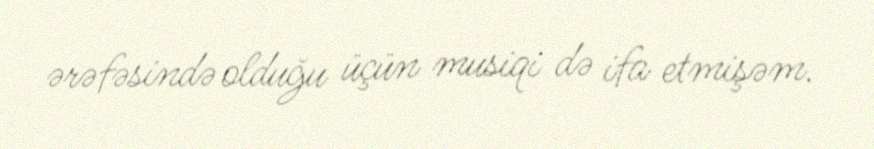
ərəfəsində olduğu üçün musiqi də ifa etmişəm.